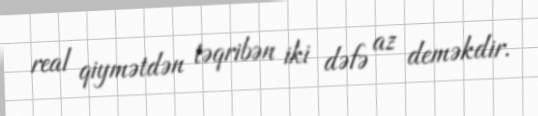
real qiymətdən təqribən iki dəfə az deməkdir.